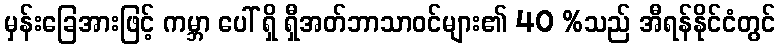
မှန်းခြေအားဖြင့် ကမ္ဘာ ပေါ် ရှိ ရှီအတ်ဘာသာဝင်များ၏ 40 %သည် အီရန်နိုင်ငံတွင်